画像に写った文字を読んでください
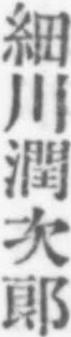
「細川潤次郞」と書いてあります